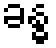
ခန္ဓ